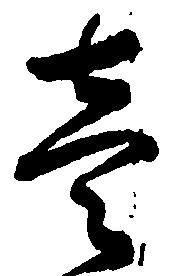
壱